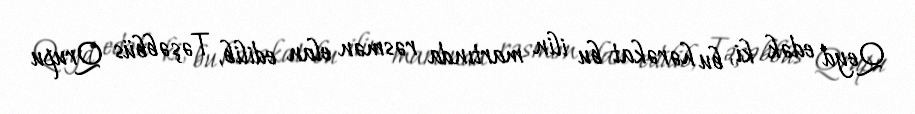
Qeyd edək ki, bu hərəkat bu ilin martında rəsmən elan edilib, Təşəbbüs Qrupu